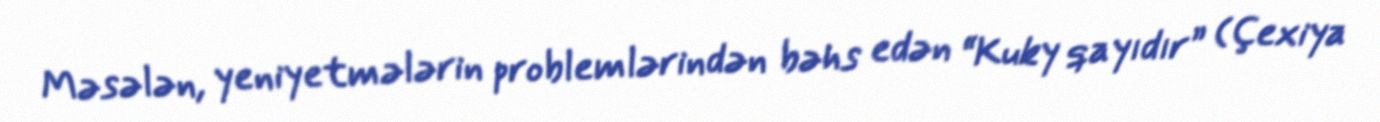
Məsələn, yeniyetmələrin problemlərindən bəhs edən “Kuky qayıdır” (Çexiya